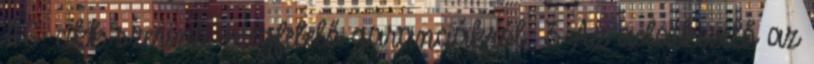
46. cikk szerinti megfelelő garanciákról. 3 Az adatkezelő az